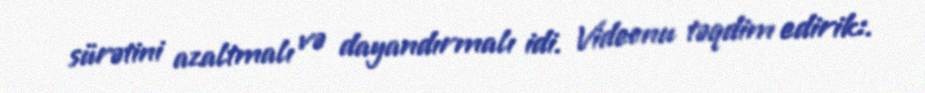
sürətini azaltmalı və dayandırmalı idi. Videonu təqdim edirik:.